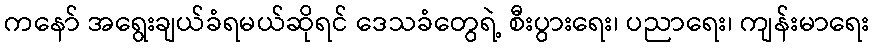
ကနော် အရွေးချယ်ခံရမယ်ဆိုရင် ဒေသခံတွေရဲ့ စီးပွားရေး၊ ပညာရေး၊ ကျန်းမာရေး